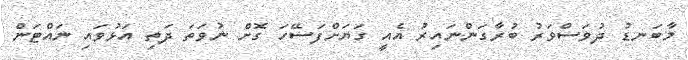
މާބަނޑު ދުވަސްވަރު ބުރާގަންނައިރު އެއީ ގަޔަށްފަސޭހަ ގޮށް ނުވަތަ ދަތި އަޅުވައި ނައްޓަން